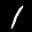
Label: 1